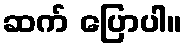
ဆက် ပြောပါ။